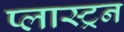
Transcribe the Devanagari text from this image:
प्लास्ट्रन